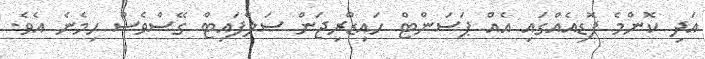
އަދި ކޮންމެ ފޮޑިއެއްގައި އެއް ޕަސަންޓް ހައިޑްރިޖަން ސަލްފައިޓް ގޭސްވެސް ހިމެނެ އެވެ.